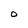
Character: 0